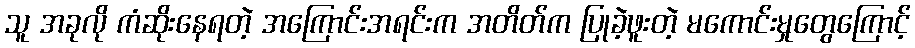
သူ အခုလို ကံဆိုးနေရတဲ့ အကြောင်းအရင်းက အတိတ်က ပြုခဲ့ဖူးတဲ့ မကောင်းမှုတွေကြောင့်